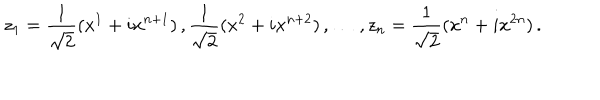
z _ { 1 } = \frac { 1 } { \sqrt { 2 } } ( x ^ { 1 } + i x ^ { n + 1 } ) \, , \frac { 1 } { \sqrt { 2 } } ( x ^ { 2 } + i x ^ { n + 2 } ) \, , \dots \, , z _ { n } = \frac { 1 } { \sqrt { 2 } } ( x ^ { n } + i x ^ { 2 n } ) \, .